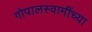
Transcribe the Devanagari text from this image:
गोपालस्वामींच्या